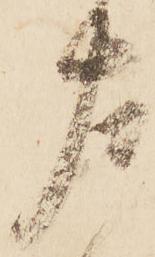
左